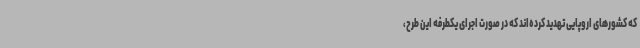
که کشورهای اروپایی تهدید کرده‌اند که در صورت اجرای یکطرفه این طرح،